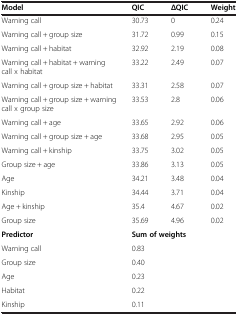
<table><thead><tr><td><b>Model</b></td><td><b>QIC</b></td><td><b>ΔQIC</b></td><td><b>Weight</b></td></tr></thead><tbody><tr><td>Warning call</td><td>30.73</td><td>0</td><td>0.24</td></tr><tr><td>Warning call + group size</td><td>31.72</td><td>0.99</td><td>0.15</td></tr><tr><td>Warning call + habitat</td><td>32.92</td><td>2.19</td><td>0.08</td></tr><tr><td>Warning call + habitat + warning call x habitat</td><td>33.22</td><td>2.49</td><td>0.07</td></tr><tr><td>Warning call + group size + habitat</td><td>33.31</td><td>2.58</td><td>0.07</td></tr><tr><td>Warning call + group size + warning call x group size</td><td>33.53</td><td>2.8</td><td>0.06</td></tr><tr><td>Warning call + age</td><td>33.65</td><td>2.92</td><td>0.06</td></tr><tr><td>Warning call + group size + age</td><td>33.68</td><td>2.95</td><td>0.05</td></tr><tr><td>Warning call + kinship</td><td>33.75</td><td>3.02</td><td>0.05</td></tr><tr><td>Group size + age</td><td>33.86</td><td>3.13</td><td>0.05</td></tr><tr><td>Age</td><td>34.21</td><td>3.48</td><td>0.04</td></tr><tr><td>Kinship</td><td>34.44</td><td>3.71</td><td>0.04</td></tr><tr><td>Age + kinship</td><td>35.4</td><td>4.67</td><td>0.02</td></tr><tr><td>Group size</td><td>35.69</td><td>4.96</td><td>0.02</td></tr><tr><td><b>Predictor</b></td><td colspan="2"><b>Sum of weights</b></td><td> </td></tr><tr><td>Warning call</td><td>0.83</td><td> </td><td> </td></tr><tr><td>Group size</td><td>0.40</td><td> </td><td> </td></tr><tr><td>Age</td><td>0.23</td><td> </td><td> </td></tr><tr><td>Habitat</td><td>0.22</td><td> </td><td> </td></tr><tr><td>Kinship</td><td>0.11</td><td> </td><td> </td></tr></tbody></table>